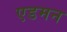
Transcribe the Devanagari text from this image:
एडमन